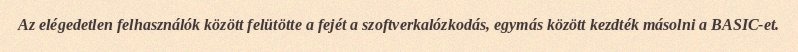
Az elégedetlen felhasználók között felütötte a fejét a szoftverkalózkodás, egymás között kezdték másolni a BASIC-et.